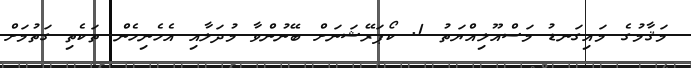
މަޤާމުގެ މައިގަނޑު މަސްއޫލިއްޔަތު 1. ކޯޕަރޭޝަނަށް ބޭނުންވާ މުދަލާއި އެހެނިހެން ތަކެތި ގަތުމަށް